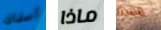
أتعلمان ماذا مهذبا